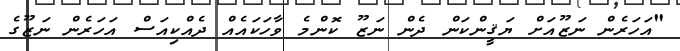
"އަހަރެން ނަޒޫއަށް ޔަޤީންކަން ދެން ނަޒޫ ކޮންމެ ވާހަކައެއް ދެއްކިއަސް އަހަރެން ނަޒޫގެ